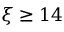
\xi \ge 1 4